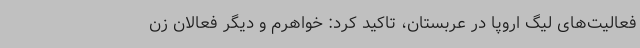
فعالیت‌های لیگ اروپا در عربستان، تاکید کرد: خواهرم و دیگر فعالان زن